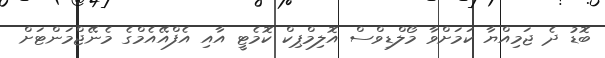
ބޮޑު ދެ ޖަމިއްޔާ ކަމަށްވާ މޯލްޑިވްސް އޮލިމްޕިކް ކޮމެޓީ އާއި އެފްއޭއެމްގެ މެނޭޖްމަންޓަށް